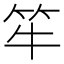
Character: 𱷴